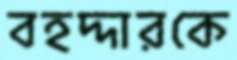
বহদ্দারকে